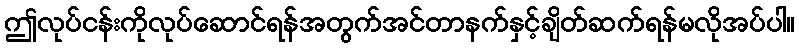
ဤလုပ်ငန်းကိုလုပ်ဆောင်ရန်အတွက်အင်တာနက်နှင့်ချိတ်ဆက်ရန်မလိုအပ်ပါ။